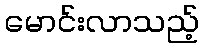
မောင်းလာသည့်